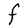
Character: F